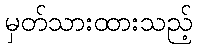
မှတ်သားထားသည့်